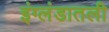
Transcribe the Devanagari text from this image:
इंग्लंडातली